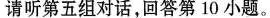
请听第五组对话，回答第10小题。